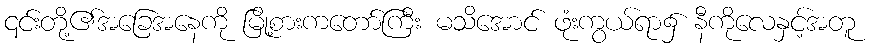
၎င်းတို့၏အခြေအနေကို မြို့စားကတော်ကြီး မသိအောင် ဖုံးကွယ်ရာ၌ နီကိုလေနှင့်အတူ